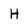
Character: H